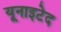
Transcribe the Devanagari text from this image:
यूनाइटेद